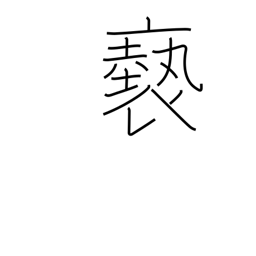
Meaning: filthy